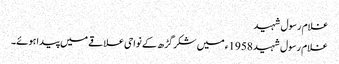
غلام رسول شہید
غلام رسول شہید 1958ء میں شکر گڑھ کے نواحی علاقے میں پیدا ہوئے۔